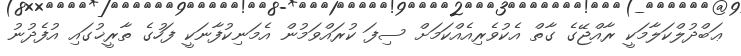
ޢަބްދުލްކަލާމަކީ ރާއްޖޭގެ ގާތް އެކުވެރިއެއްކަމަށް ސިފަ ކުރައްވަމުން އެމަނިކުފާނަކީ ފަހުގެ ތާރީޚުގައި އުފެދުނު